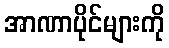
အာဏာပိုင်များကို